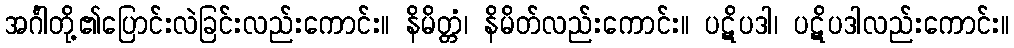
အင်္ဂါတို့၏ပြောင်းလဲခြင်းလည်းကောင်း။ နိမိတ္တံ၊ နိမိတ်လည်းကောင်း။ ပဋိပဒါ၊ ပဋိပဒါလည်းကောင်း။